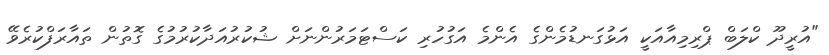
"އުރީދޫ ކްލަބް ޕްރިމިއާއަކީ އަޅުގަނޑުމެންގެ އެންމެ އަގުހުރި ކަސްޓަމަރުންނަށް ޝުކުރުއަދާކުރުމުގެ ގޮތުން ތައާރަފްކުރެވޭ